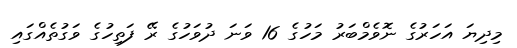
މިދިޔަ އަހަރުގެ ނޮވެމްބަރު މަހުގެ 16 ވަނަ ދުވަހުގެ ރޭ ފަތިހުގެ ވަގުތެއްގައި